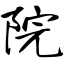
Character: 院